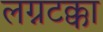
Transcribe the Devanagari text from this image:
लग्नटक्का